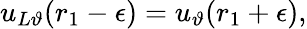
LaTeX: u_{L\vartheta}(r_{1}-\epsilon)=u_{\vartheta}(r_{1}+\epsilon),